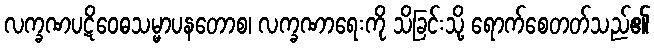
လက္ခဏပဋိဝေဓသမ္မာပနတောစ၊ လက္ခဏာရေးကို သိခြင်းသို့ ရောက်စေတတ်သည်၏